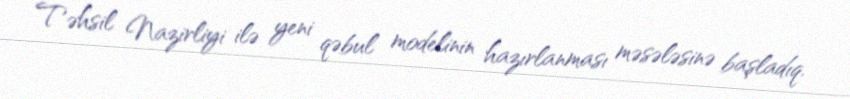
Təhsil Nazirliyi ilə yeni qəbul modelinin hazırlanması məsələsinə başladıq.